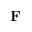
\mathbf { F }